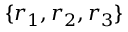
\{ \boldsymbol { r } _ { 1 } , \boldsymbol { r } _ { 2 } , \boldsymbol { r } _ { 3 } \}